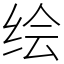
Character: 绘